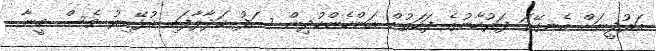
އަރުފީނަށް އެނގޭތަ ފަރުހާނުގެ ފަހަތުން އަންހެންކުދިން ސަފު ހަދާލާފައި އުޅޭއިރު ވެސް މީނާ